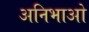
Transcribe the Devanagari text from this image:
अनिभाओ